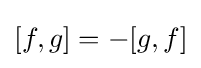
[f,g]=-[g,f]